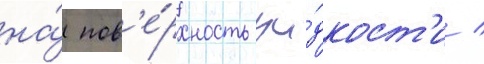
на́ пов'е́рхность жи́дкост'и /